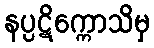
နပ္ပဋိက္ကောသိမှ